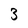
Character: 3